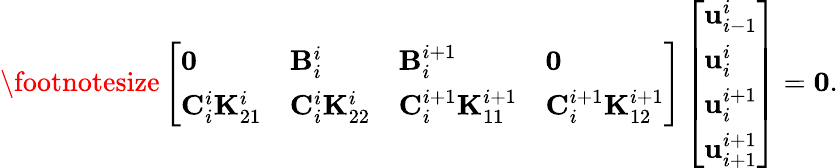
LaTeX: \footnotesize\left[\begin{array}{llll}{\mathbf{0}}&{\mathbf{B}_{i}^{i}}&{\mathbf{B}_{i}^{i+1}}&{\mathbf{0}}\\ {\mathbf{C}_{i}^{i}\mathbf{K}_{21}^{i}}&{\mathbf{C}_{i}^{i}\mathbf{K}_{22}^{i}}&{\mathbf{C}_{i}^{i+1}\mathbf{K}_{11}^{i+1}}&{\mathbf{C}_{i}^{i+1}\mathbf{K}_{12}^{i+1}}\end{array}\right]\left[\begin{array}{l}{\mathbf{u}_{i-1}^{i}}\\ {\mathbf{u}_{i}^{i}}\\ {\mathbf{u}_{i}^{i+1}}\\ {\mathbf{u}_{i+1}^{i+1}}\end{array}\right]=\mathbf{0}.